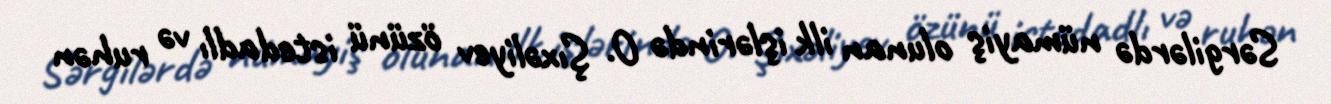
Sərgilərdə nümayiş olunan ilk işlərində O. Şıxəliyev özünü istedadlı və ruhən